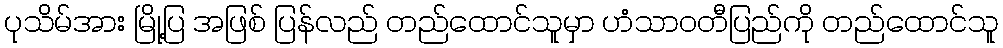
ပုသိမ်အား မြို့ပြ အဖြစ် ပြန်လည် တည်ထောင်သူမှာ ဟံသာဝတီပြည်ကို တည်ထောင်သူ